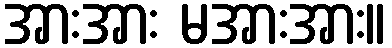
အားအား မအားအား။